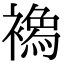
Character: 𧝌